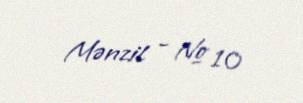
Mənzil - № 10